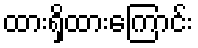
ထားရှိထားကြောင်း